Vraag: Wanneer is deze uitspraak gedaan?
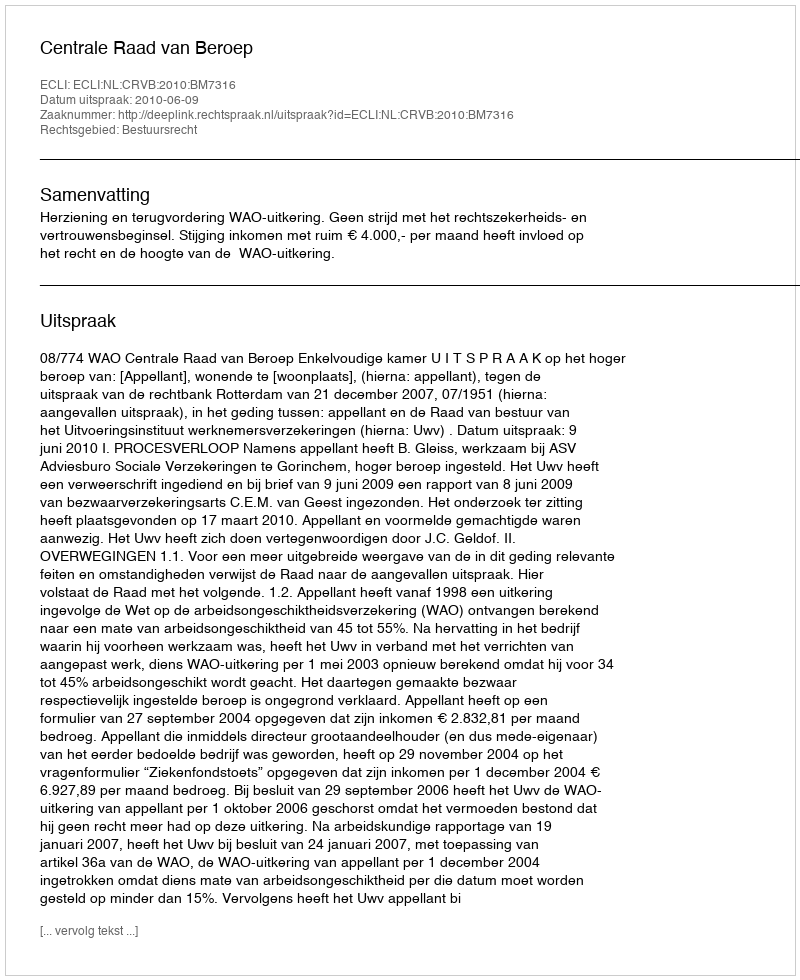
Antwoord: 2010-06-09